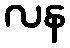
လန